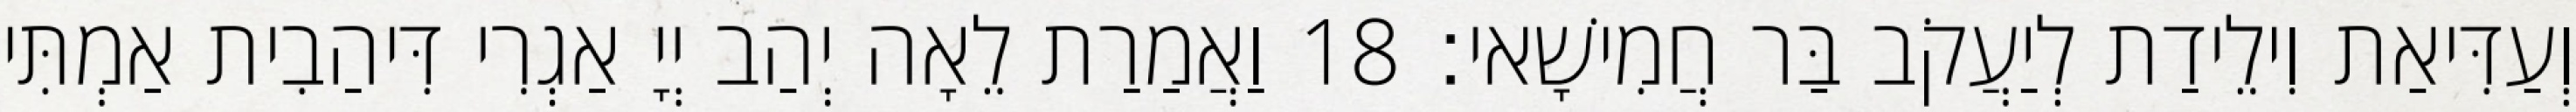
וְעַדִּיאַת וִילֵידַת לְיַעֲקֹב בַּר חֲמִישָׁאי׃ 18 וַאֲמַרַת לֵאָה יְהַב יְיָ אַגְרִי דִּיהַבִית אַמְתִּי